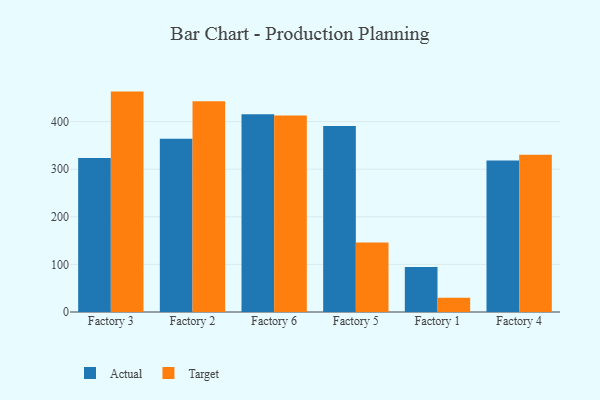
{"axis": {"x": "Factory", "y": "Energy Usage (MWh)"}, "legend": ["Actual", "Target"], "data": [{"x": "Factory 3", "y": 323.6, "type": "Actual"}, {"x": "Factory 3", "y": 463.0, "type": "Target"}, {"x": "Factory 2", "y": 363.7, "type": "Actual"}, {"x": "Factory 2", "y": 442.7, "type": "Target"}, {"x": "Factory 6", "y": 415.5, "type": "Actual"}, {"x": "Factory 6", "y": 412.7, "type": "Target"}, {"x": "Factory 5", "y": 390.6, "type": "Actual"}, {"x": "Factory 5", "y": 146.2, "type": "Target"}, {"x": "Factory 1", "y": 94.3, "type": "Actual"}, {"x": "Factory 1", "y": 29.9, "type": "Target"}, {"x": "Factory 4", "y": 318.2, "type": "Actual"}, {"x": "Factory 4", "y": 330.2, "type": "Target"}]}